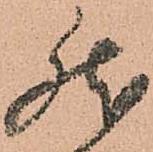
然